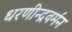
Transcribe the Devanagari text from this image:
धरणीन्द्रवर्मन